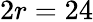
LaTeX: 2r=24